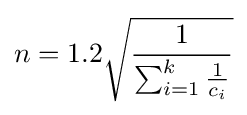
n=1.2{\sqrt {\frac {1}{\sum _{i=1}^{k}{\frac {1}{c_{i}}}}}}